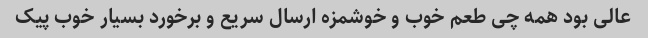
عالی بود همه چی طعم خوب و خوشمزه ارسال سریع و برخورد بسیار خوب پیک